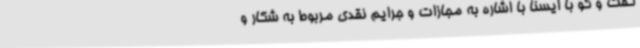
گفت و گو با ایسنا با اشاره به مجازات و جرایم نقدی مربوط به شکار و